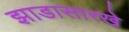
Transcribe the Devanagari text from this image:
झाडासारखे